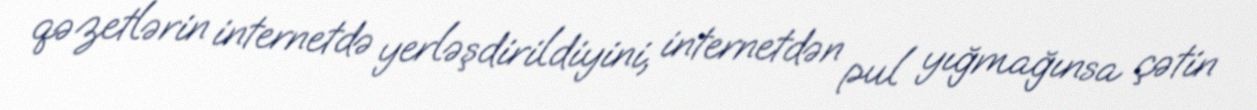
qəzetlərin internetdə yerləşdirildiyini, internetdən pul yığmağınsa çətin